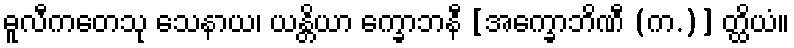
ဓူလီကတေသု သေနာယ၊ ယန္တိယာ က္ခောဘနီ [အက္ခောဘိဏီ (က.)] တ္ထိယံ။